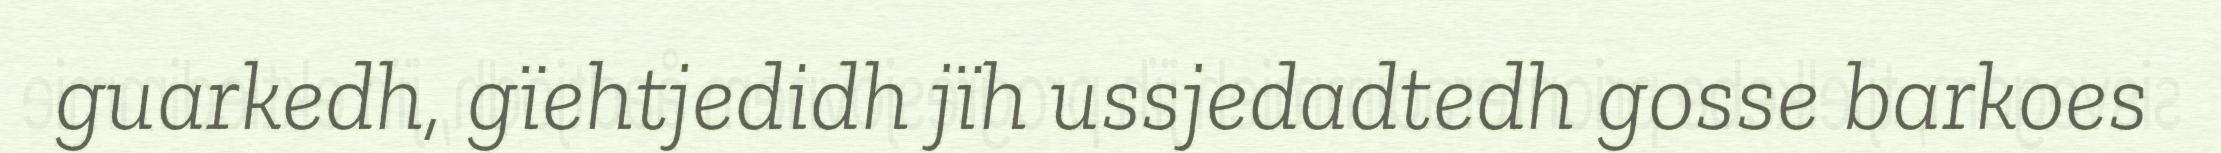
guarkedh, gïehtjedidh jïh ussjedadtedh gosse barkoes